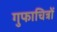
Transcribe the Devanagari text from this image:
गुफाचित्रों